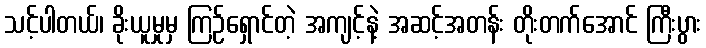
သင့်ပါတယ်၊ ခိုးယူမှုမှ ကြဉ်ရှောင်တဲ့ အကျင့်နဲ့ အဆင့်အတန်း တိုးတက်အောင် ကြီးပွား